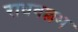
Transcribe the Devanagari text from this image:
राधवल्लभ